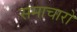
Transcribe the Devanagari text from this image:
समाचारो